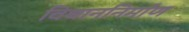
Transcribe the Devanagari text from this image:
विधाननिर्माण